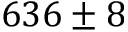
6 3 6 \pm 8